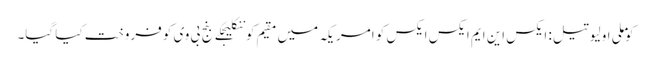
کوملی اولیو تیل: ایکس این ایم ایکس ایکس کو امریکہ میں مقیم کوننکلیجکے بنج بی وی کو فروخت کیا گیا۔